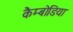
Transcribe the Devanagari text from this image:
कैम्बोडिया